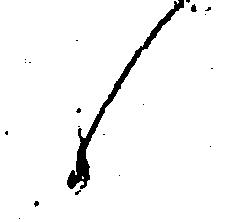
候